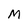
Character: M